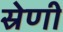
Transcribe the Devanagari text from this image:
स्रेणी